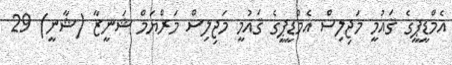
އެމްޑީޕީގެ ޤައުމީ މަޖިލިސް އެމްޑީޕީގެ ޤައުމީ މަޖިލިސް މަރްޔަމް ޝަނީޒާ (ޝާނީ) 29